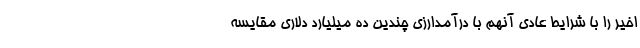
اخیر را با شرایط عادی آنهم با درآمدارزی چندین ده میلیارد دلاری مقایسه